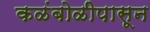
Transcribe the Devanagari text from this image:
कळंबोळीपासून